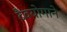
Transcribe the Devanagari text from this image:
दैवयोगाने